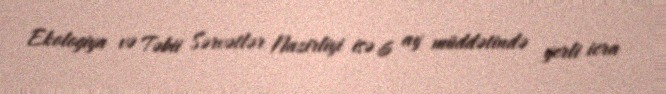
Ekologiya və Təbii Sərvətlər Nazirliyi isə 6 ay müddətində yerli icra